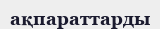
ақпараттарды